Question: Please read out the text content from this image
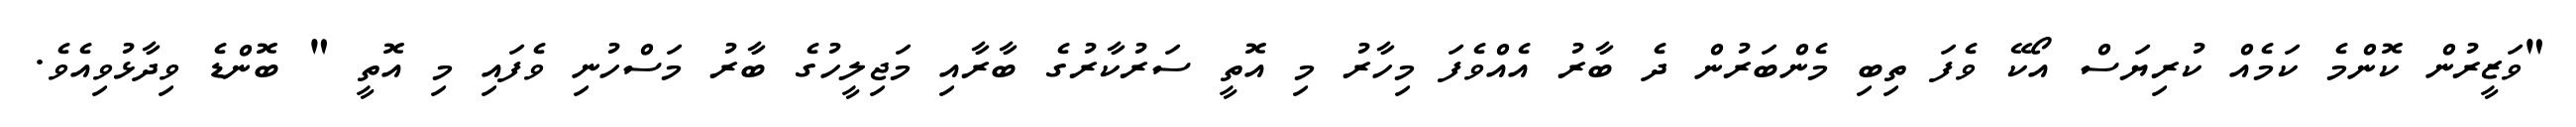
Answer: "ވަޒީރުން ކޮންމެ ކަމެއް ކުރިޔަސް އޯކޭ ވެފަ ތިބި މެންބަރުން ދެ ބާރު އެއްވެފަ މިހާރު މި އޮތީ ސަރުކާރުގެ ބާރާއި މަޖިލީހުގެ ބާރު މަސްހުނި ވެފައި މި އޮތީ " ބޮންޑެ ވިދާޅުވިއެވެ.